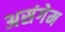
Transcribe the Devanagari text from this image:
असंगेम